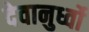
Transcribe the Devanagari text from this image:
देवानुर्ध्वो